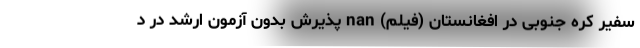
سفیر کره جنوبی در افغانستان (فیلم) nan پذیرش بدون آزمون ارشد در د